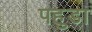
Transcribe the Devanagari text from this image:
पहुडा